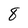
Character: 8